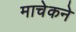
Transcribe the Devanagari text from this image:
माचेकने